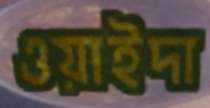
ওয়াইদা